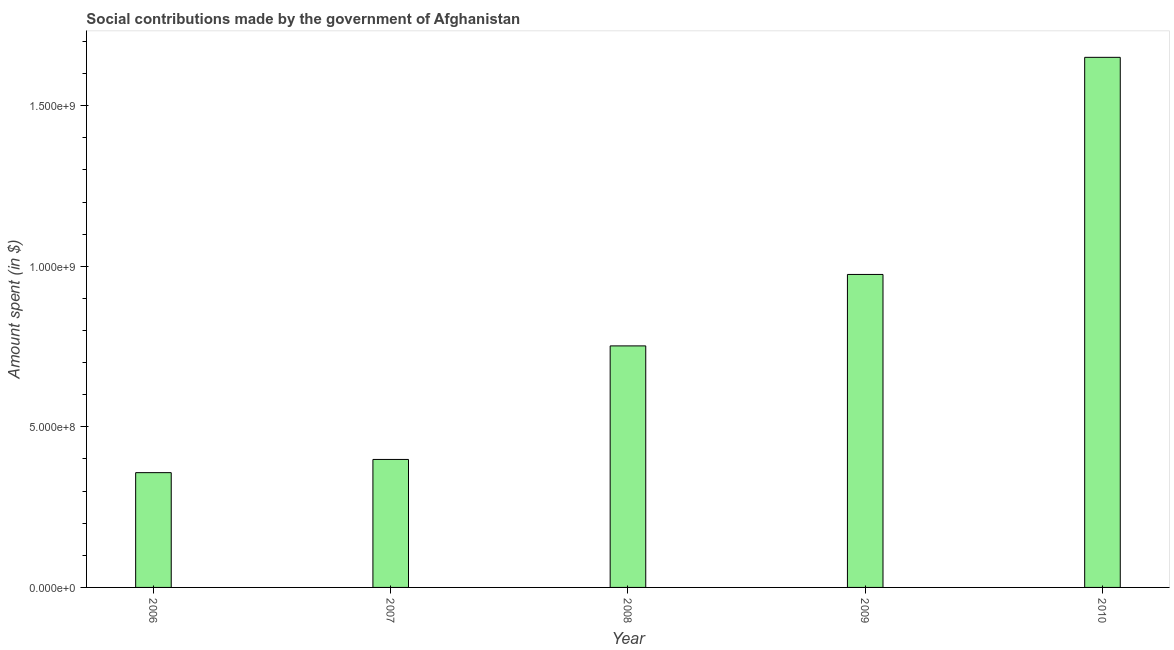
| Year | Social contributions |
 | --- | --- |
 | 2006 | 3.57e+08 |
 | 2007 | 3.98e+08 |
 | 2008 | 7.52e+08 |
 | 2009 | 9.74e+08 |
 | 2010 | 1.65e+09 |